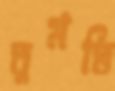
তুমভি